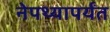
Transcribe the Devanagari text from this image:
नेपथ्यापर्यंत